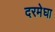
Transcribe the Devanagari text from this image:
दरमेघा